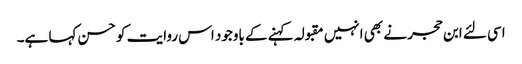
اسی لئے ابن حجر نے بھی انہیں مقبولہ کہنے کے باوجود اس روایت کو حسن کہا ہے۔